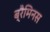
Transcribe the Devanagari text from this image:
ब्रैमिनस